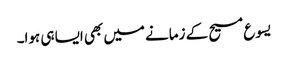
‏ یسوع مسیح کے زمانے میں بھی ایسا ہی ہوا۔